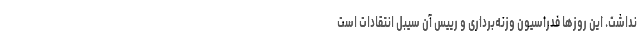
نداشت. این روزها فدراسیون وزنه‌برداری و رییس آن سیبل انتقادات است